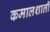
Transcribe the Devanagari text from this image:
कमालशाली